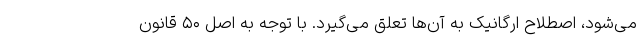
می‌شود، اصطلاح ارگانیک به آن‌ها تعلق می‌گیرد. با توجه به اصل ۵۰ قانون